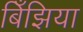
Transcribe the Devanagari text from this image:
बिँझिया